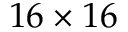
1 6 \times 1 6